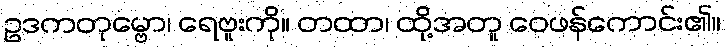
ဥဒကတုမ္ဗော၊ ရေဗူးကို။ တထာ၊ ထို့အတူ ဝေဖန်ကောင်း၏။